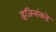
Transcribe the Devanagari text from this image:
इंजिनांकडे